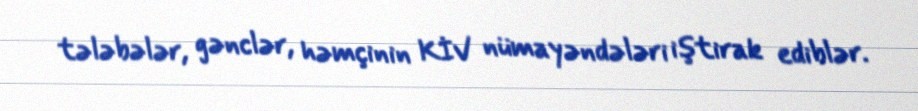
tələbələr, gənclər, həmçinin KİV nümayəndələri iştirak ediblər.